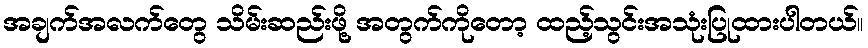
အချက်အလက်တွေ သိမ်းဆည်းဖို့ အတွက်ကိုတော့ ထည့်သွင်းအသုံးပြုထားပါတယ်။